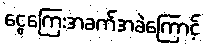
ငွေကြေးအခက်အခဲကြောင့်